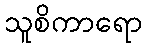
သူစိကာရော